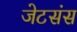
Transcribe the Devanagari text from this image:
जेटसंस